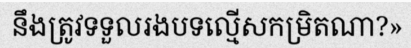
នឹងត្រូវទទួលរងបទល្មើសកម្រិតណា?»